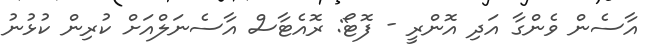
އާސެން ވެންގާ އަދި އޮންރީ - ފޮޓޯ: ރޮއެޓާސް އާސެނަލްއަށް ކުރިން ކުޅުނު